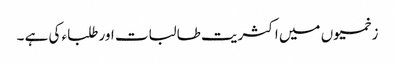
زخمیوں میں اکثریت طالبات اور طلباء کی ہے ۔